Medical and sanitary report on the native army of Bombay for the year
Year: 1877
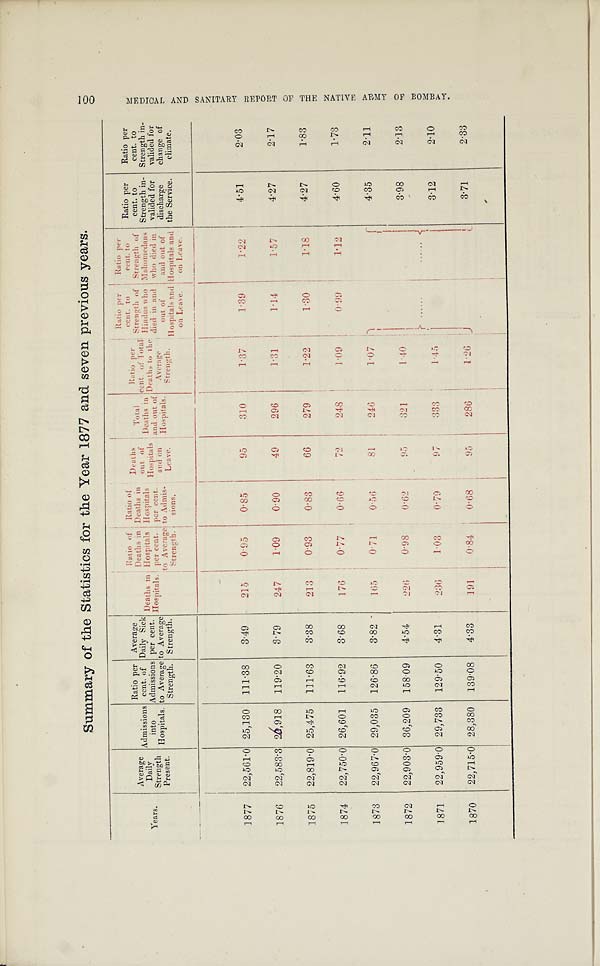
Summary of the Statistics for the Year 1877 and seven previous years.
Years.
Average
Dail
y
Strength
Present.
Admiss i on s
into
Hospitals
Ratio per
cent. of
Admissions
to Average
Strength.
Average
Daily Sick
per cent.
to Av erage
Strength.
Deaths i n
Hospitals.
Ratio of
Deaths in
Hospitals
per cent.
to Average
S t r e n g t h " .
Ratio of
Deaths in
Hospitals
per cent.
to Admi
s-
sions.
Deaths
o u t o f
Hospitals
and On
Leave.
Total
Deaths in
and out of
Hospitals.
R a t i o p e r
cent. of Tot al D e a t h s t
o t h e
A v e r a
g e
S t r e n g t h .
Ratio per
cent. to
St r e ngt h of
Hindus who
died in an d
out
o f
Hospitals and
on Leave.
Ratio per
cent. to
Strength of
Ma
h o m e d a n s
who died i n
and out of
Hospitals and
on Leave.
Ratio per
cent. to
Strength in-
valided fo
r
discharge
the Service.
Ratio per
cent. to
Strength in-
v alided for
change of
climate.
1877
22,561.0 25,130 111.38
3.49
215
0.95
0.85
95
310
1.37
1.39
1.22
4.51
2.03
1876
22,583.3 26,918 119.20
3.79
247
1.09
0.90
49
296
1.31
1.14
1.57
4.27
2.17
1875
22,819.0 25,475 111.63
3.38
213
0.93
0.83
66
279
1.22
1.30
1.18
4.27
1.83
1874
22,750.0 26,601 116.92
3.68
176
0.77
0.66
79
248
1.09
0.99
1.12
4.60
1.73
1873
22,967.0 29,035 126.86
3.82
165
0.71
0.56
81
246
1.07 ......
. . . . . .
4.35
2.11
1872
22,903.0 36,209 158.09
4.54
2 2 6
0.98
0.62
95
821
1.40
3.98
2.13
1871
22,959.0 29,733 129.50
4.31
236
1.03
0.79
97
333
1.45
3.12
2.10
1870
22,715.0 28,380 139.08
4.33
191
0.84
0.68
95
286
1.26
3.71
2.33
M E D I C A L A N D S A N I T A R Y R E P O R T O F T H E N A T I V E A R M Y O F B O M B A Y .